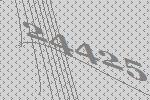
24425